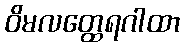
ဝိမလတ္ထေရဂါထာ